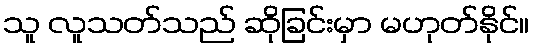
သူ လူသတ်သည် ဆိုခြင်းမှာ မဟုတ်နိုင်။